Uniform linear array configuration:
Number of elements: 64
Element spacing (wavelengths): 0.25
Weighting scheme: blackman
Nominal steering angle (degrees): -30
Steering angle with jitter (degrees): -31.445
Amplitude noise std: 0.05
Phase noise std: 0.05

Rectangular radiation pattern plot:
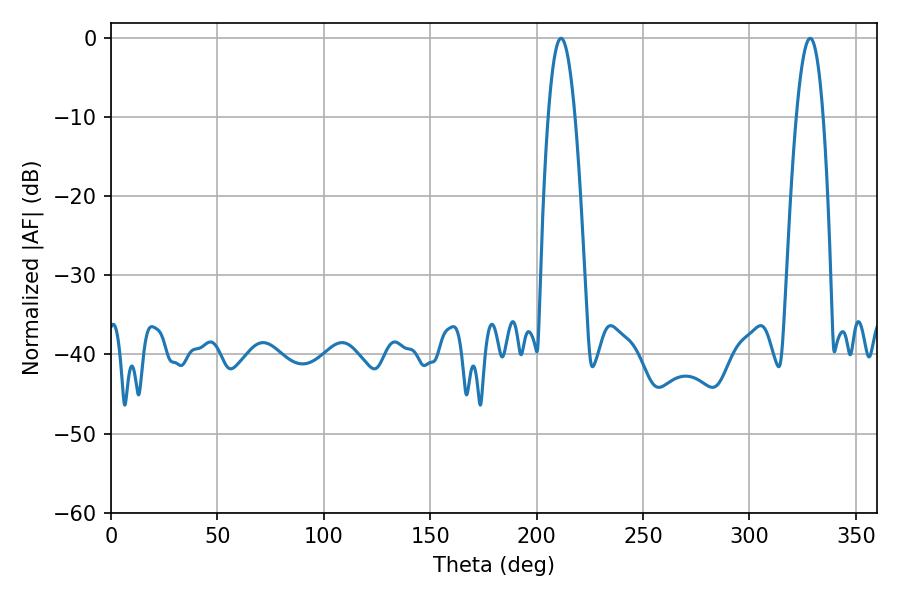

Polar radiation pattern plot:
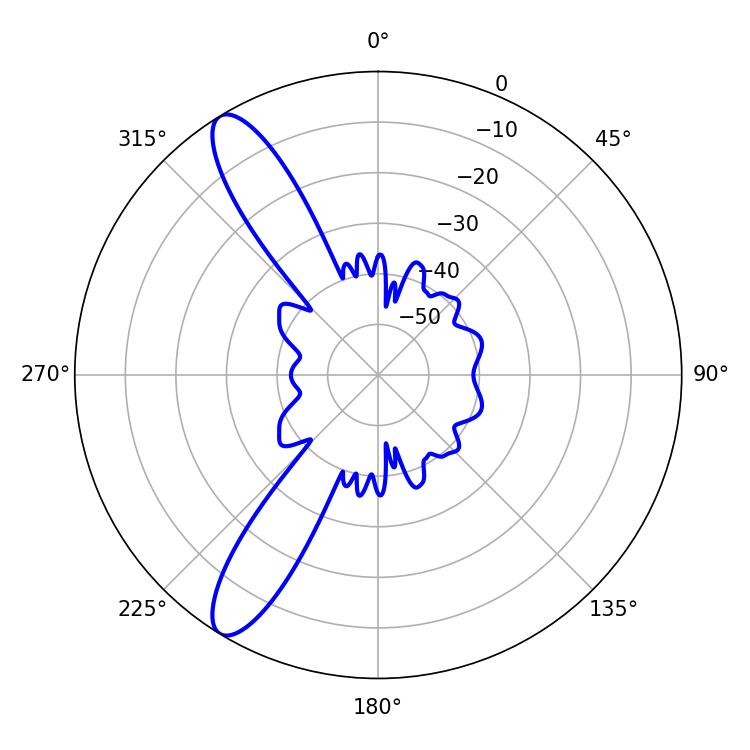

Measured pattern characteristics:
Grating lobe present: FALSE
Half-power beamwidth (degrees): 6.84
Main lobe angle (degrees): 211.5